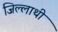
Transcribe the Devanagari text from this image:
जिल्लाथी